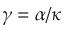
\gamma = \alpha / \kappa